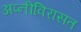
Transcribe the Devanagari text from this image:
अप्नीविरासत